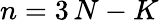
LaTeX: \displaystyle n=3\, N-K